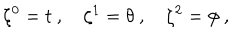
LaTeX: \zeta ^ { 0 } = t \ , \quad \zeta ^ { 1 } = \theta \ , \quad \zeta ^ { 2 } = \phi \ ,